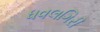
ધવલગિરી